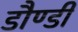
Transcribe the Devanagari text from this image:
डौण्डी